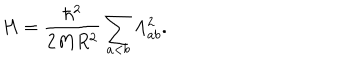
H = \frac { \hbar ^ { 2 } } { 2 M R ^ { 2 } } \sum _ { a < b } \Lambda _ { a b } ^ { 2 } .